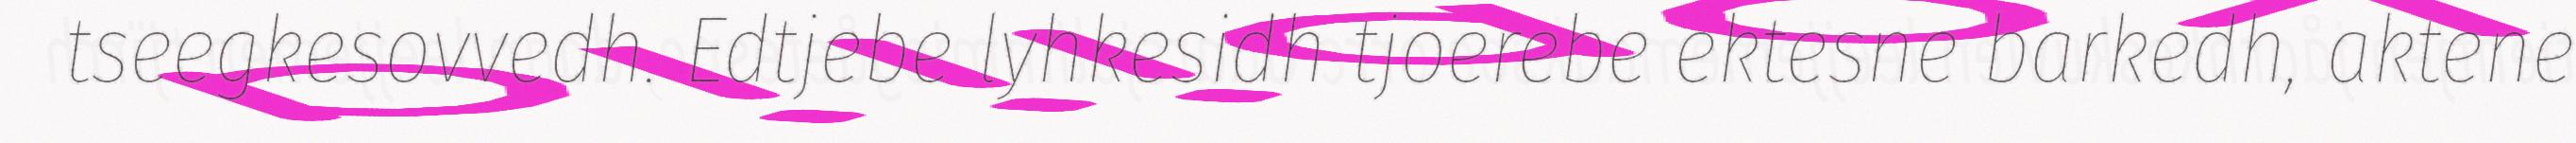
tseegkesovvedh. Edtjebe lyhkesidh tjoerebe ektesne barkedh, aktene